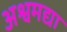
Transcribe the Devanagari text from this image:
अश्वमद्या